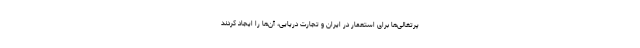
پرتغالی‌ها برای استعمار در ایران و تجارت دریایی، آن‌ها را ایجاد کردند